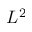
L ^ { 2 }